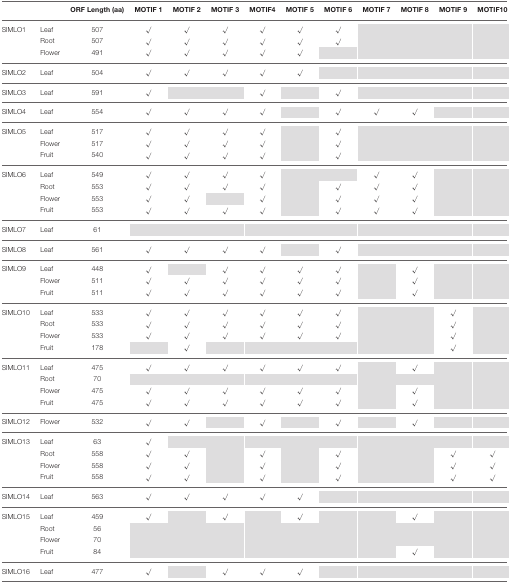
<table><thead><tr><td></td><td></td><td><b>ORF Length (aa)</b></td><td><b>MOTIF 1</b></td><td><b>MOTIF 2</b></td><td><b>MOTIF 3</b></td><td><b>MOTIF4</b></td><td><b>MOTIF 5</b></td><td><b>MOTIF 6</b></td><td><b>MOTIF 7</b></td><td><b>MOTIF 8</b></td><td><b>MOTIF 9</b></td><td><b>MOTIF10</b></td></tr></thead><tbody><tr><td>SlMLO1</td><td>Leaf</td><td>507</td><td>√</td><td>√</td><td>√</td><td>√</td><td>√</td><td>√</td><td></td><td></td><td></td><td></td></tr><tr><td></td><td>Root</td><td>507</td><td>√</td><td>√</td><td>√</td><td>√</td><td>√</td><td>√</td><td></td><td></td><td></td><td></td></tr><tr><td></td><td>Flower</td><td>491</td><td>√</td><td>√</td><td>√</td><td>√</td><td>√</td><td></td><td></td><td></td><td></td><td></td></tr><tr><td>SlMLO2</td><td>Leaf</td><td>504</td><td>√</td><td>√</td><td>√</td><td>√</td><td>√</td><td></td><td></td><td></td><td></td><td></td></tr><tr><td>SlMLO3</td><td>Leaf</td><td>591</td><td>√</td><td></td><td></td><td>√</td><td></td><td>√</td><td></td><td></td><td></td><td></td></tr><tr><td>SlMLO4</td><td>Leaf</td><td>554</td><td>√</td><td>√</td><td>√</td><td>√</td><td></td><td>√</td><td>√</td><td>√</td><td></td><td></td></tr><tr><td>SlMLO5</td><td>Leaf</td><td>517</td><td>√</td><td>√</td><td>√</td><td>√</td><td></td><td>√</td><td></td><td></td><td></td><td></td></tr><tr><td></td><td>Flower</td><td>517</td><td>√</td><td>√</td><td>√</td><td>√</td><td></td><td>√</td><td></td><td></td><td></td><td></td></tr><tr><td></td><td>Fruit</td><td>540</td><td>√</td><td>√</td><td>√</td><td>√</td><td></td><td>√</td><td></td><td></td><td></td><td></td></tr><tr><td>SlMLO6</td><td>Leaf</td><td>549</td><td>√</td><td>√</td><td>√</td><td>√</td><td></td><td></td><td>√</td><td>√</td><td></td><td></td></tr><tr><td></td><td>Root</td><td>553</td><td>√</td><td>√</td><td>√</td><td>√</td><td></td><td>√</td><td>√</td><td>√</td><td></td><td></td></tr><tr><td></td><td>Flower</td><td>553</td><td>√</td><td>√</td><td></td><td>√</td><td></td><td>√</td><td>√</td><td>√</td><td></td><td></td></tr><tr><td></td><td>Fruit</td><td>553</td><td>√</td><td>√</td><td>√</td><td>√</td><td></td><td>√</td><td>√</td><td>√</td><td></td><td></td></tr><tr><td>SlMLO7</td><td>Leaf</td><td>61</td><td></td><td></td><td></td><td></td><td></td><td></td><td></td><td></td><td></td><td></td></tr><tr><td>SlMLO8</td><td>Leaf</td><td>561</td><td>√</td><td>√</td><td>√</td><td>√</td><td></td><td>√</td><td></td><td></td><td></td><td></td></tr><tr><td>SlMLO9</td><td>Leaf</td><td>448</td><td>√</td><td></td><td>√</td><td>√</td><td>√</td><td>√</td><td></td><td>√</td><td></td><td></td></tr><tr><td></td><td>Flower</td><td>511</td><td>√</td><td>√</td><td>√</td><td>√</td><td>√</td><td>√</td><td></td><td>√</td><td></td><td></td></tr><tr><td></td><td>Fruit</td><td>511</td><td>√</td><td>√</td><td>√</td><td>√</td><td>√</td><td>√</td><td></td><td>√</td><td></td><td></td></tr><tr><td>SlMLO10</td><td>Leaf</td><td>533</td><td>√</td><td>√</td><td>√</td><td>√</td><td>√</td><td>√</td><td></td><td></td><td>√</td><td></td></tr><tr><td></td><td>Root</td><td>533</td><td>√</td><td>√</td><td>√</td><td>√</td><td>√</td><td>√</td><td></td><td></td><td>√</td><td></td></tr><tr><td></td><td>Flower</td><td>533</td><td>√</td><td>√</td><td>√</td><td>√</td><td>√</td><td>√</td><td></td><td></td><td>√</td><td></td></tr><tr><td></td><td>Fruit</td><td>178</td><td></td><td>√</td><td></td><td></td><td></td><td></td><td></td><td></td><td>√</td><td></td></tr><tr><td>SlMLO11</td><td>Leaf</td><td>475</td><td>√</td><td>√</td><td>√</td><td>√</td><td>√</td><td>√</td><td></td><td>√</td><td></td><td></td></tr><tr><td></td><td>Root</td><td>70</td><td></td><td></td><td></td><td></td><td></td><td></td><td></td><td></td><td></td><td></td></tr><tr><td></td><td>Flower</td><td>475</td><td>√</td><td>√</td><td>√</td><td>√</td><td>√</td><td>√</td><td></td><td>√</td><td></td><td></td></tr><tr><td></td><td>Fruit</td><td>475</td><td>√</td><td>√</td><td>√</td><td>√</td><td>√</td><td>√</td><td></td><td>√</td><td></td><td></td></tr><tr><td>SlMLO12</td><td>Flower</td><td>532</td><td>√</td><td>√</td><td></td><td>√</td><td></td><td>√</td><td></td><td>√</td><td></td><td></td></tr><tr><td>SlMLO13</td><td>Leaf</td><td>63</td><td>√</td><td></td><td></td><td></td><td></td><td></td><td></td><td></td><td></td><td></td></tr><tr><td></td><td>Root</td><td>558</td><td>√</td><td>√</td><td></td><td>√</td><td></td><td>√</td><td></td><td></td><td>√</td><td>√</td></tr><tr><td></td><td>Flower</td><td>558</td><td>√</td><td>√</td><td></td><td>√</td><td></td><td>√</td><td></td><td></td><td>√</td><td>√</td></tr><tr><td></td><td>Fruit</td><td>558</td><td>√</td><td>√</td><td></td><td>√</td><td></td><td>√</td><td></td><td></td><td>√</td><td>√</td></tr><tr><td>SlMLO14</td><td>Leaf</td><td>563</td><td>√</td><td>√</td><td>√</td><td>√</td><td>√</td><td></td><td></td><td></td><td></td><td></td></tr><tr><td>SlMLO15</td><td>Leaf</td><td>459</td><td>√</td><td></td><td>√</td><td></td><td>√</td><td></td><td></td><td>√</td><td></td><td></td></tr><tr><td></td><td>Root</td><td>56</td><td></td><td></td><td></td><td></td><td></td><td></td><td></td><td></td><td></td><td></td></tr><tr><td></td><td>Flower</td><td>70</td><td></td><td></td><td></td><td></td><td></td><td></td><td></td><td></td><td></td><td></td></tr><tr><td></td><td>Fruit</td><td>84</td><td></td><td></td><td></td><td></td><td></td><td></td><td></td><td>√</td><td></td><td></td></tr><tr><td>SlMLO16</td><td>Leaf</td><td>477</td><td>√</td><td></td><td>√</td><td>√</td><td>√</td><td></td><td></td><td></td><td></td><td></td></tr></tbody></table>